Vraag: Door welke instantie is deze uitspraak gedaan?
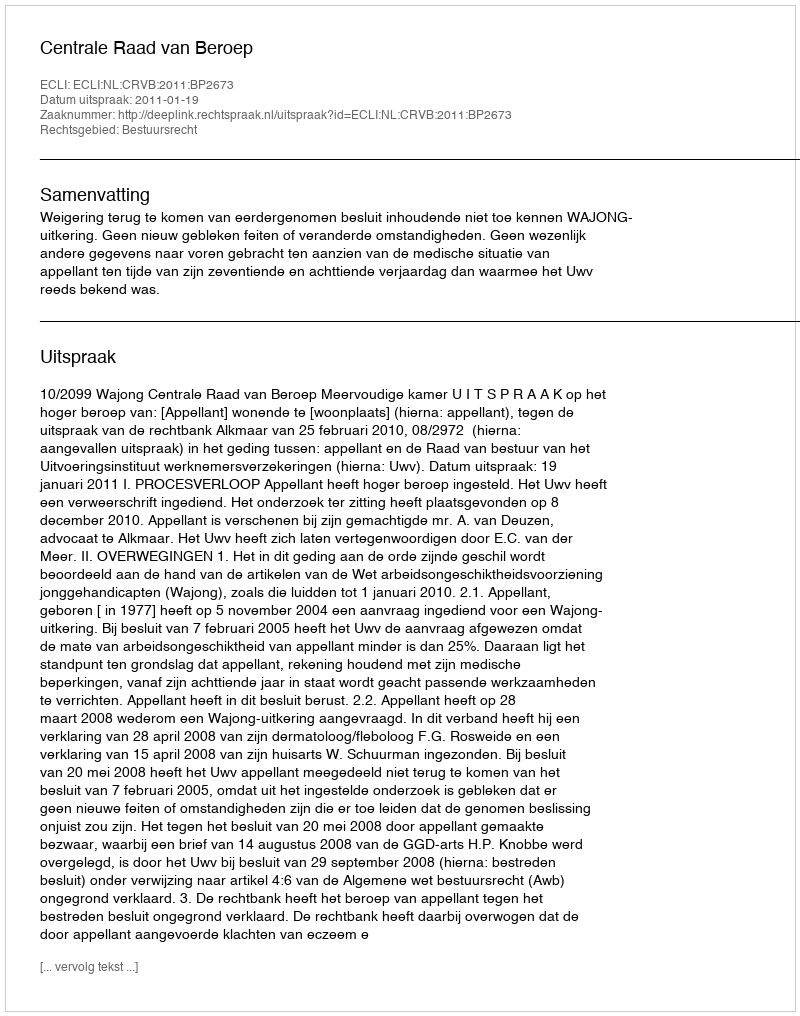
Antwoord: Centrale Raad van Beroep